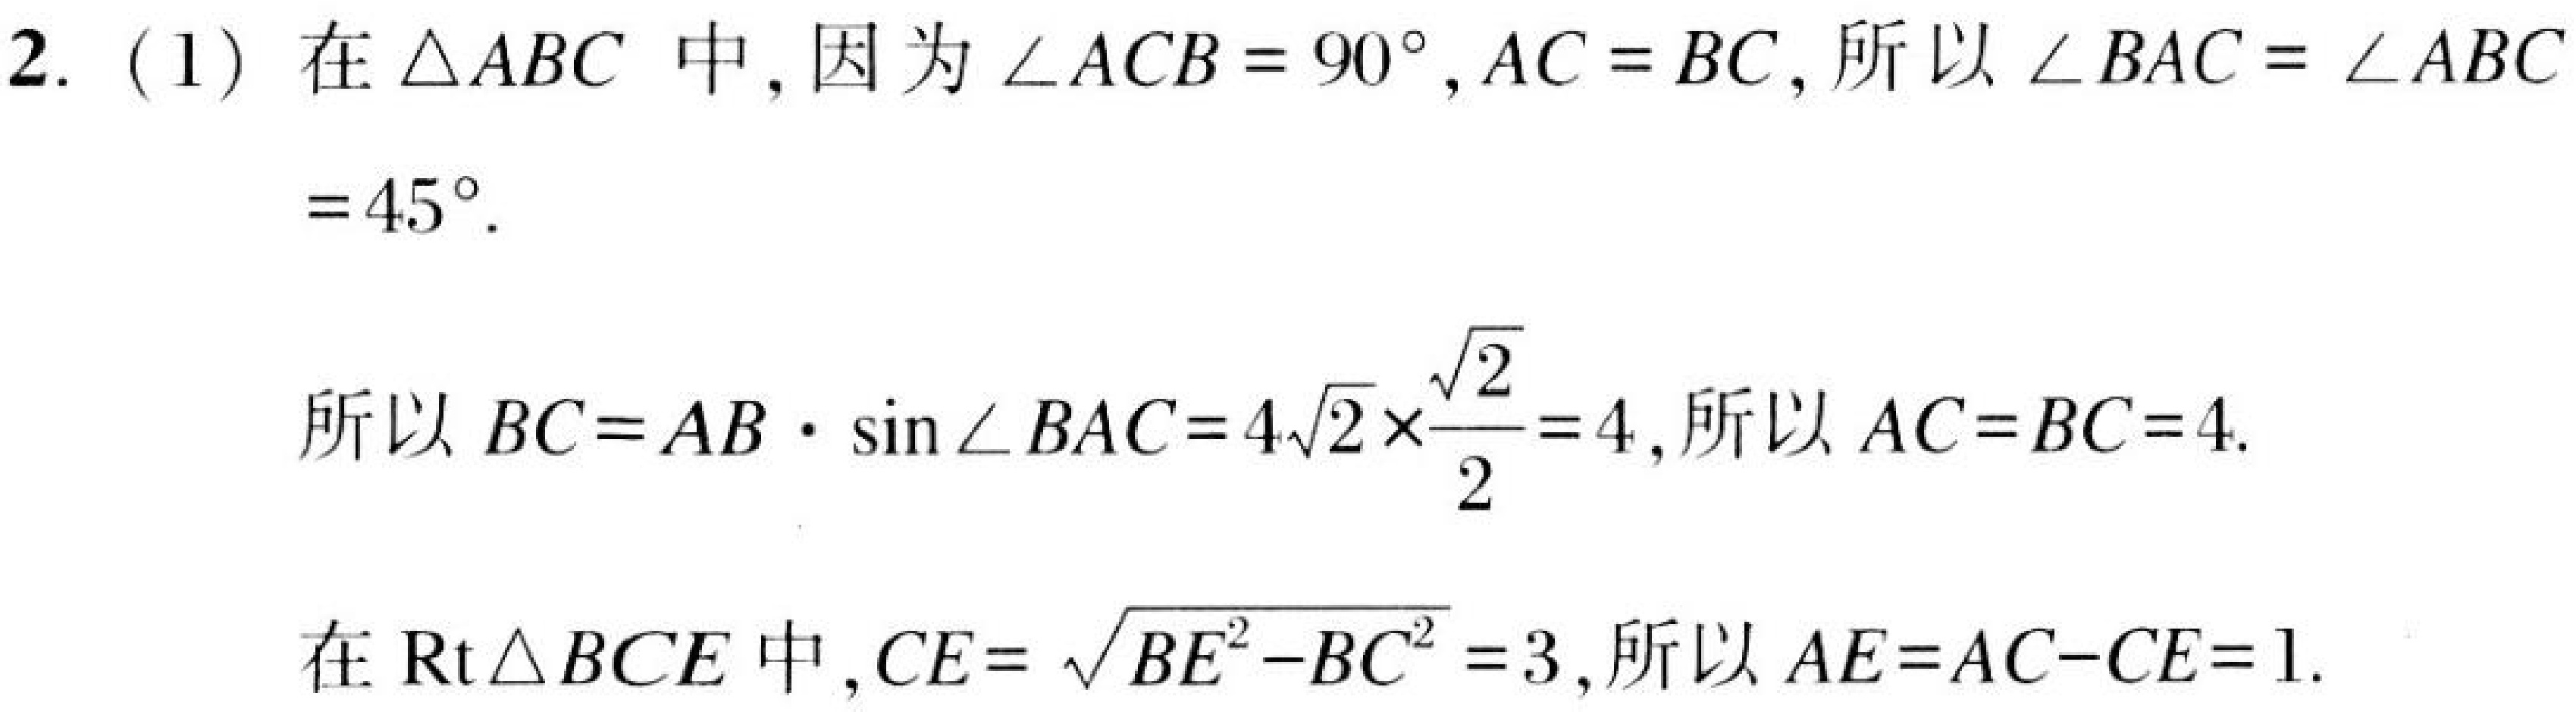
2. (1) 在\(\triangle ABC\)中，因为\(\angle ACB = 90^{\circ}, AC = BC\)，所以\(\angle BAC=\angle ABC = 45^{\circ}\).

所以\(BC = AB\cdot\sin\angle BAC=4\sqrt{2}\times\frac{\sqrt{2}}{2}=4\)，所以\(AC = BC = 4\).

在\(\text{Rt}\triangle BCE\)中，\(CE=\sqrt{BE^{2}-BC^{2}} = 3\)，所以\(AE=AC - CE = 1\).